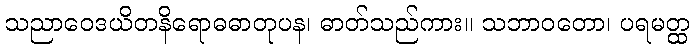
သညာဝေဒယိတနိရောဓဓာတုပန၊ ဓာတ်သည်ကား။ သဘာဝတော၊ ပရမတ္ထ